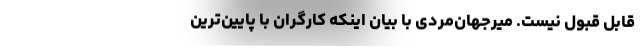
قابل قبول نیست. میرجهان‌مردی با بیان اینکه کارگران با پایین‌ترین